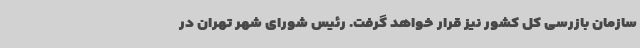
سازمان بازرسی کل کشور نیز قرار خواهد گرفت. رئیس شورای شهر تهران در